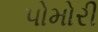
પોમોરી